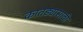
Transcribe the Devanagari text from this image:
कातड्यासाठी